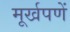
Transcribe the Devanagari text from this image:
मूर्खपणें